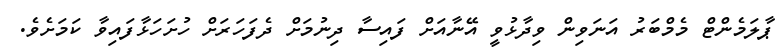
ޕާލަމެންޓް މެމްބަރު އަނަވިން ވިދާޅުވީ އޭނާއަށް ފައިސާ ދިނުމަށް ދެފަހަރަށް ހުށަހަޅާފައިވާ ކަމަށެވެ.